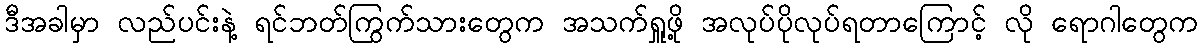
ဒီအခါမှာ လည်ပင်းနဲ့ ရင်ဘတ်ကြွက်သားတွေက အသက်ရှူဖို့ အလုပ်ပိုလုပ်ရတာကြောင့် လို ရောဂါတွေက